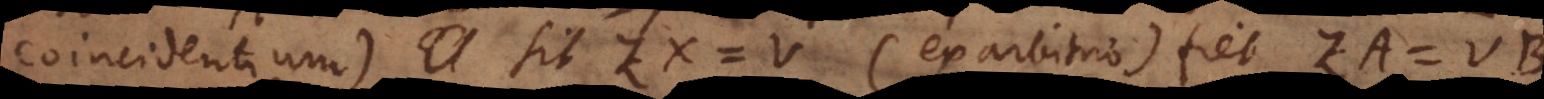
coincidentium). Sit ZX = V (ex arbitrio) fiet ZA = VB.